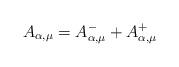
LaTeX: \begin{align*}A_{\alpha,\mu} = A_{\alpha,\mu}^- + A_{\alpha,\mu}^+\end{align*}